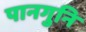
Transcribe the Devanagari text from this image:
पानगुनि